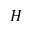
H